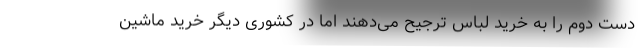
دست دوم را به خرید لباس ترجیح می‌دهند اما در کشوری دیگر خرید ماشین